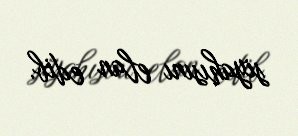
siyahısını elan edib.